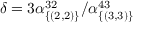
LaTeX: \delta = 3 \alpha _ { \{ ( 2 , 2 ) \} } ^ { 3 2 } / \alpha _ { \{ ( 3 , 3 ) \} } ^ { 4 3 }